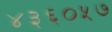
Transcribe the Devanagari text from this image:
४३६०५७